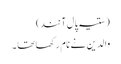
( ستیہ پال آنند)
والدین نے نام رکھا تھا ۔